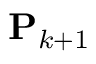
\mathbf { P } _ { k + 1 }